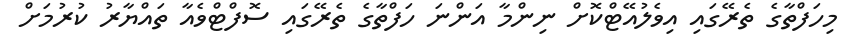
މިހަފްތާގެ ތެރޭގައި އިވެލުއޭޓްކޮށް ނިންމާ އަންނަ ހަފްތާގެ ތެރޭގައި ސޮފްޓްވެއާ ތައްޔާރު ކުރުމަށް